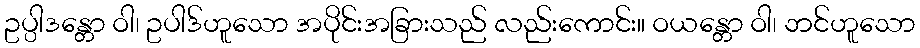
ဥပ္ပါဒန္တော ဝါ၊ ဥပါဒ်ဟူသော အပိုင်းအခြားသည် လည်းကောင်း။ ဝယန္တော ဝါ၊ ဘင်ဟူသော